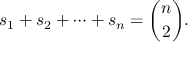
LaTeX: s _ { 1 } + s _ { 2 } + \cdots + s _ { n } = { \binom { n } { 2 } } .